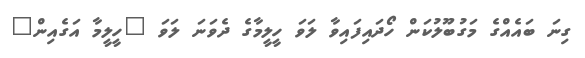
ގިނަ ބައެއްގެ މަގުބޫލުކަން ހޯދައިފައިވާ ލަވަ ހީލީމާގެ ދެވަނަ ލަވަ "ހީލީމާ އަގެއިން"